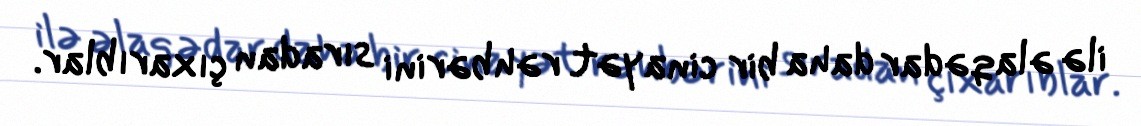
ilə əlaqədar daha bir cinayət rəhbərini sıradan çıxarıblar.